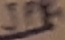
Text: JP3